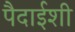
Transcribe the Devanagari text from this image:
पैदाईशी